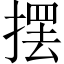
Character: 摆